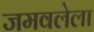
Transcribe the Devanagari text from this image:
जमवलेला